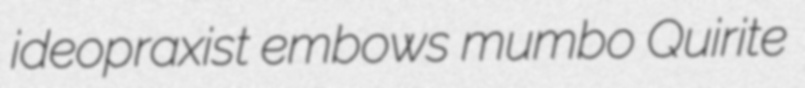
ideopraxist embows mumbo Quirite